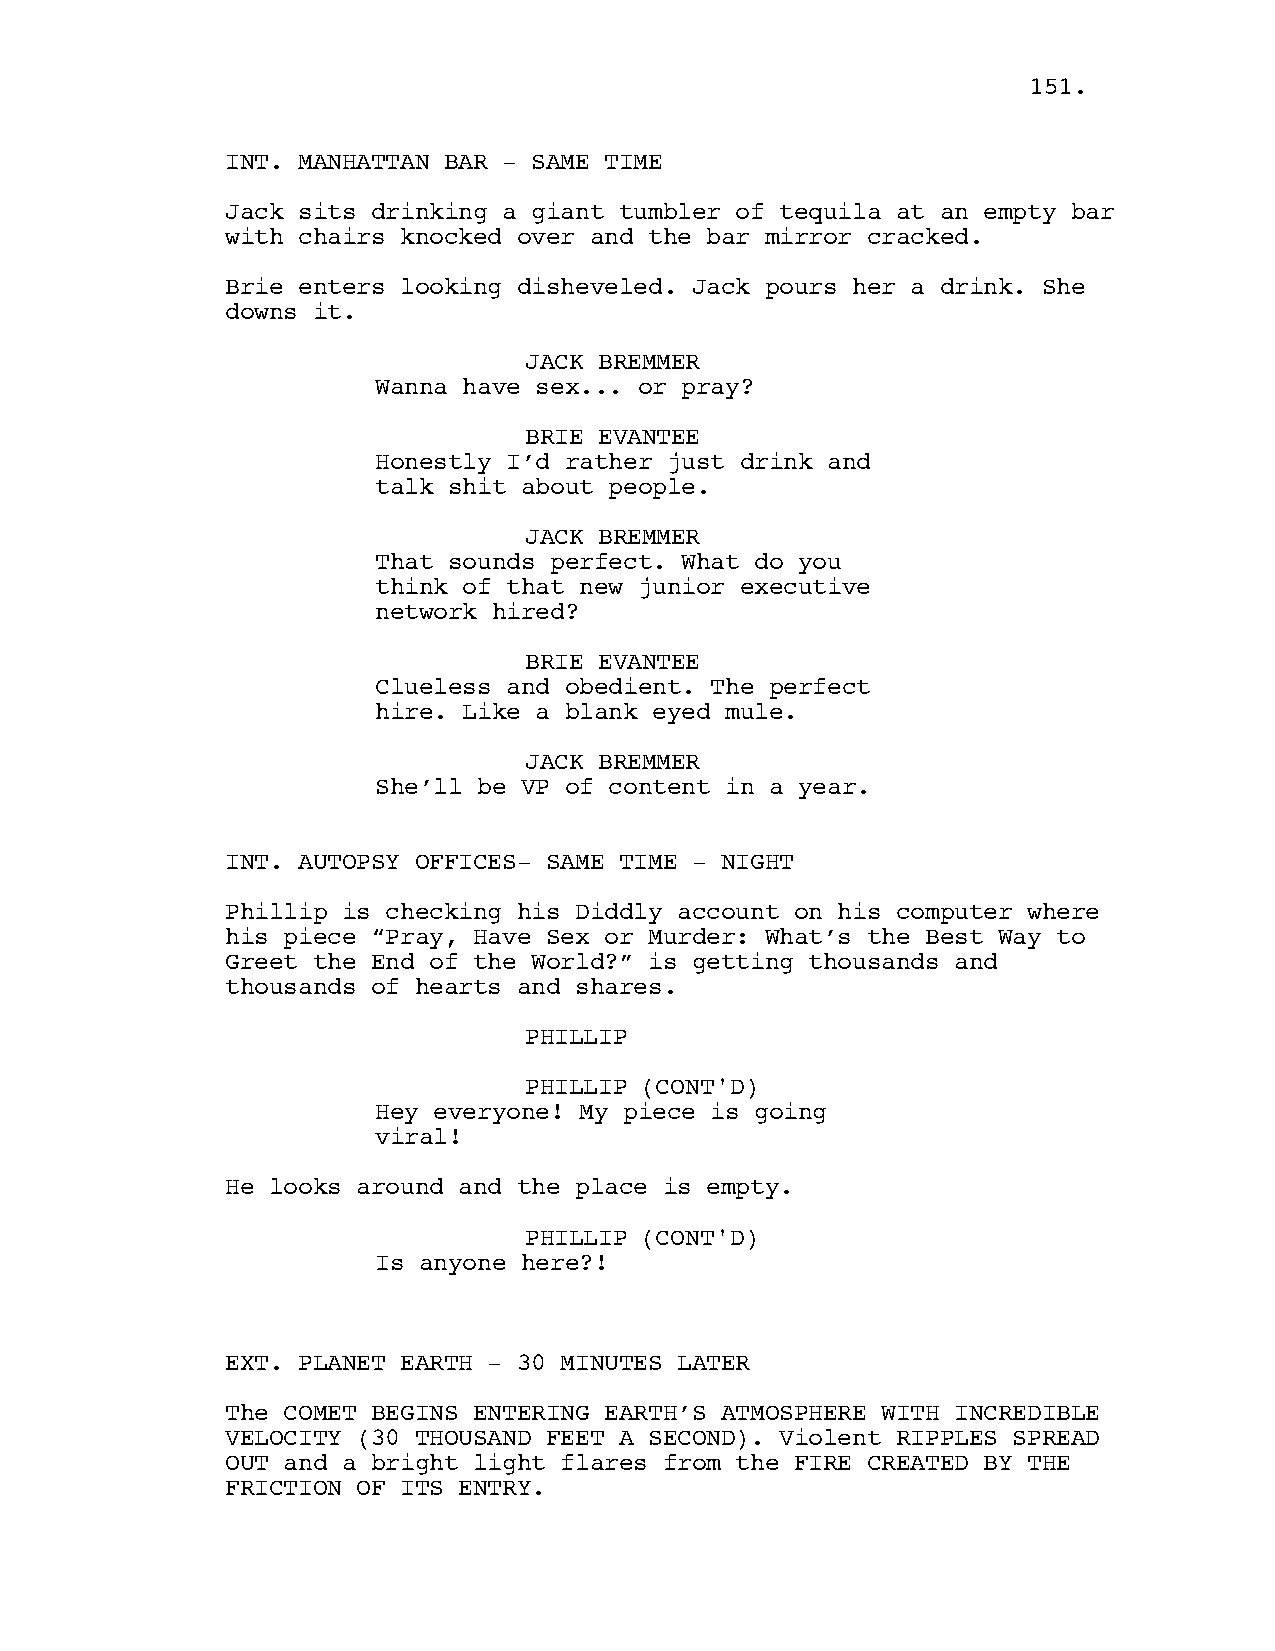
115511..
 INT. MANHATTAN BAR - SAME TIME
 Jack sits drinking a giant tumbler of tequila at an empty bar
 with chairs knocked over and the bar mirror cracked.
 Brie enters looking disheveled. Jack pours her a drink. She
 downs it.
 JACK BREMMER
 Wanna have sex... or pray?
 BRIE EVANTEE
 Honestly I’d rather just drink and
 talk shit about people.
 JACK BREMMER
 That sounds perfect. What do you
 think of that new junior executive
 network hired?
 BRIE EVANTEE
 Clueless and obedient. The perfect
 hire. Like a blank eyed mule.
 JACK BREMMER
 She’ll be VP of content in a year.
 INT. AUTOPSY OFFICES- SAME TIME - NIGHT
 Phillip is checking his Diddly account on his computer where
 his piece “Pray, Have Sex or Murder: What’s the Best Way to
 Greet the End of the World?” is getting thousands and
 thousands of hearts and shares.
 PHILLIP
 PHILLIP (CONT'D)
 Hey everyone! My piece is going
 viral!
 He looks around and the place is empty.
 PHILLIP (CONT'D)
 Is anyone here?!
 EXT. PLANET EARTH - 30 MINUTES LATER
 The COMET BEGINS ENTERING EARTH’S ATMOSPHERE WITH INCREDIBLE
 VELOCITY (30 THOUSAND FEET A SECOND). Violent RIPPLES SPREAD
 OUT and a bright light flares from the FIRE CREATED BY THE
 FRICTION OF ITS ENTRY.